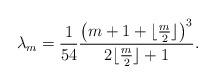
LaTeX: \begin{align*}\lambda_m=\frac{1}{54}\frac{\left(m+1+\lfloor\frac{m}{2}\rfloor\right)^3}{2\lfloor\frac{m}{2}\rfloor+1}.\end{align*}